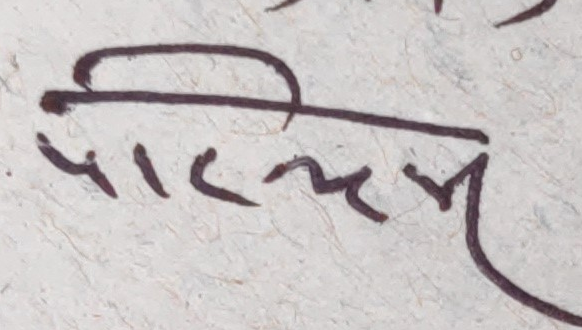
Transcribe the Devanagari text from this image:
पार्वती